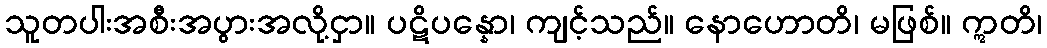
သူတပါးအစီးအပွားအလို့ငှာ။ ပဋိပန္နော၊ ကျင့်သည်။ နောဟောတိ၊ မဖြစ်။ ဣတိ၊